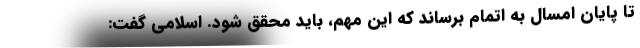
تا پایان امسال به اتمام برساند که این مهم، باید محقق شود. اسلامی گفت: